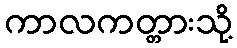
ကာလကတ္တားသို့